Leaving Certificate Examination, 1924
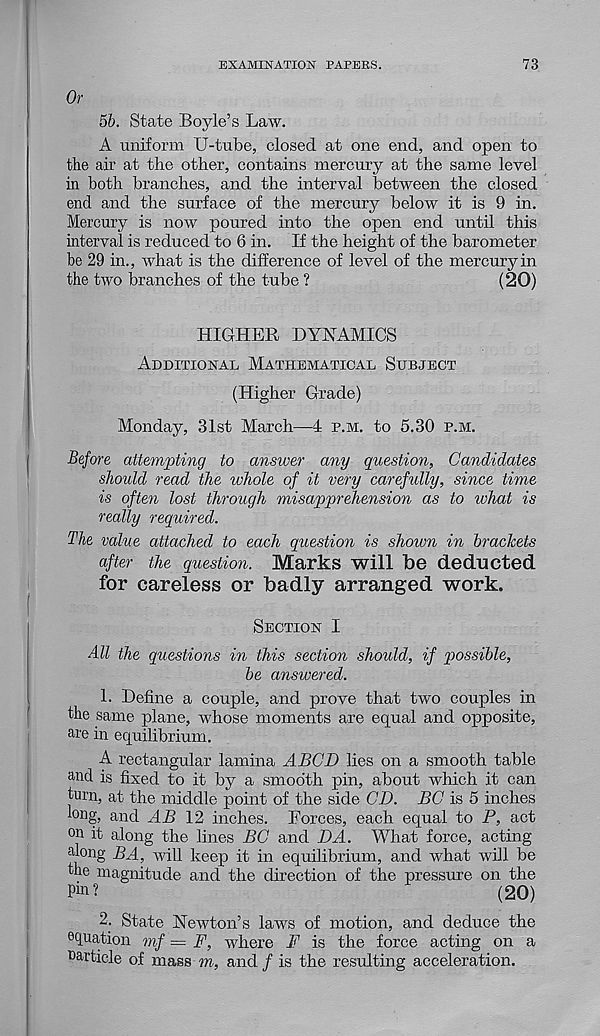
EXAMINATION PAPERS.
73
Or
5b. State Boyle’s Law.
A uniform U-tube, closed at one end, and open to
the air at the other, contains mercury at the same level
in both branches, and the interval between the closed
end and the surface of the mercury below it is 9 in.
Mercury is now poured into the open end until this
interval is reduced to 6 in. If the height of the barometer
be 29 in., what is the difference of level of the mercury in
the two branches of the tube ?
(20)
HIGHER DYNAMICS
Additional Mathematical Subject
(Higher Grade)
Monday, 31st March—4 p.m. to 5.30 p.m.
Before attempting to answer any question, Candidates
should read the ivhole of it very carefully, since time
is often lost through misapprehension as to what is
really required.
The value attached to each question is shown in brackets
after the question. Marks will be deducted
for careless or badly arranged work.
Section I
All the questions in this section should, if possible,
be answered.
1. Define a couple, and prove that two couples in
the same plane, whose moments are equal and opposite,
are in equilibrium.
A rectangular lamina ABCD lies on a smooth table
and is fixed to it by a smooth pin, about which it can
turn, at the middle point of the side CD. BC is 5 inches
tong, and AB 12 inches. Forces, each equal to P, act
°n it along the lines BC and DA. What force, acting
along BA, will keep it in equilibrium, and what will be
the magnitude and the direction of the pressure on the
Pm?
(20)
2. State Newton’s laws of motion, and deduce the
oquation mf = F, where F is the force acting on a
^article of mass m, and f is the resulting acceleration.